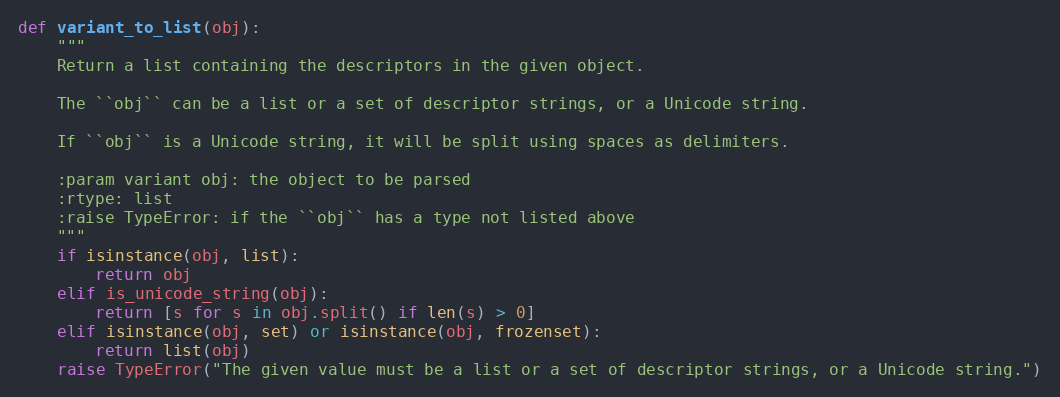
Language: Python
def variant_to_list(obj):
    """
    Return a list containing the descriptors in the given object.

    The ``obj`` can be a list or a set of descriptor strings, or a Unicode string.

    If ``obj`` is a Unicode string, it will be split using spaces as delimiters.

    :param variant obj: the object to be parsed
    :rtype: list
    :raise TypeError: if the ``obj`` has a type not listed above
    """
    if isinstance(obj, list):
        return obj
    elif is_unicode_string(obj):
        return [s for s in obj.split() if len(s) > 0]
    elif isinstance(obj, set) or isinstance(obj, frozenset):
        return list(obj)
    raise TypeError("The given value must be a list or a set of descriptor strings, or a Unicode string.")